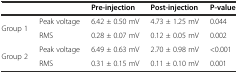
| <COLSPAN=2>  | Pre-injection | Post-injection | P-value |
 | --- | --- | --- | --- | --- |
 | <ROWSPAN=2> Group 1 | Peak voltage | 6.42 ± 0.50 mV | 4.73 ± 1.25 mV | 0.044 |
 | RMS | 0.28 ± 0.07 mV | 0.12 ± 0.05 mV | 0.002 |
 | <ROWSPAN=2> Group 2 | Peak voltage | 6.49 ± 0.63 mV | 2.70 ± 0.98 mV | <0.001 |
 | RMS | 0.31 ± 0.15 mV | 0.11 ± 0.10 mV | 0.001 |